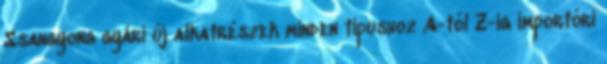
Ssangyong gyári új alkatrészek minden típushoz A-tól Z-ig importóri